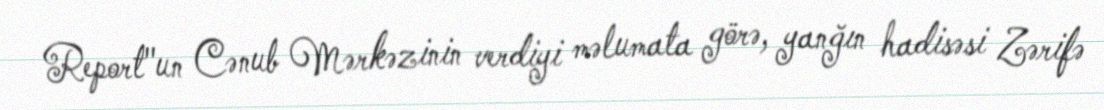
Report"un Cənub Mərkəzinin verdiyi məlumata görə, yanğın hadisəsi Zərifə